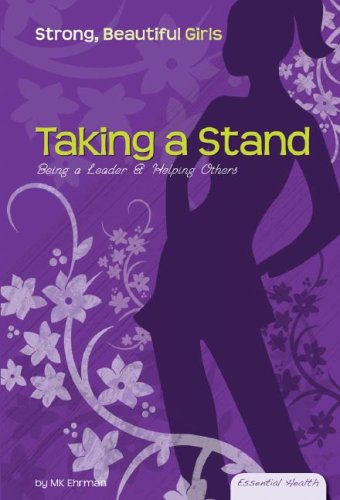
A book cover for Taking a Stand: Being a Leader & Helping Others (Essential Health: Strong Beautiful Girls); M. K. Ehrman; Teen & Young Adult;